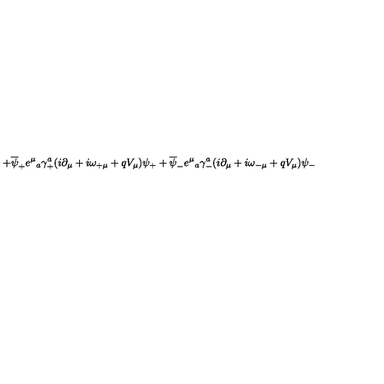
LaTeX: + \overline { { \psi } } _ { + } e ^ { \mu } { } _ { a } \gamma _ { + } ^ { a } ( i \partial _ { \mu } + i \omega _ { + \mu } + q V _ { \mu } ) \psi _ { + } + \overline { { \psi } } _ { - } e ^ { \mu } { } _ { a } \gamma _ { - } ^ { a } ( i \partial _ { \mu } + i \omega _ { - \mu } + q V _ { \mu } ) \psi _ { - }